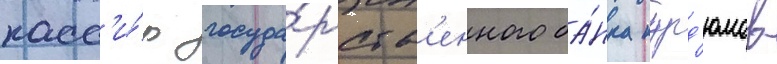
касс'и́р госуда́рств'енного ба́нка курд'юмов